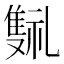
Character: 𬯰